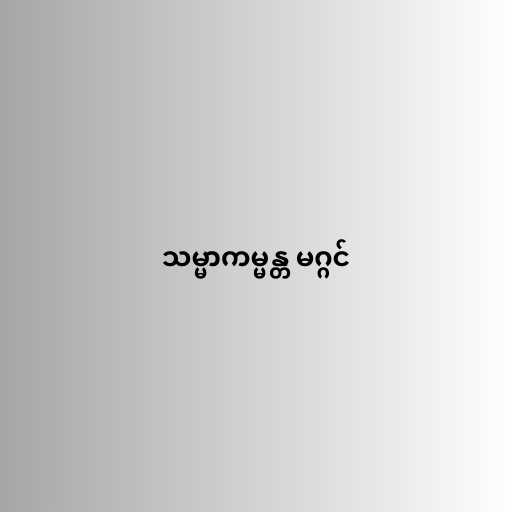
သမ္မာကမ္မန္တ မဂ္ဂင်